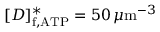
[ D ] _ { \mathrm { f , A T P } } ^ { \ast } = 5 0 \, \mu \mathrm { m } ^ { - 3 }